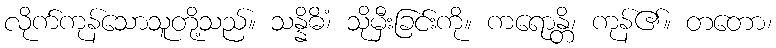
လိုက်ကုန်သောသူတို့သည်။ သန္နိဓိံ၊ သိုမှီးခြင်းကို။ ကရောန္တိ၊ ကုန်၏။ တတော၊